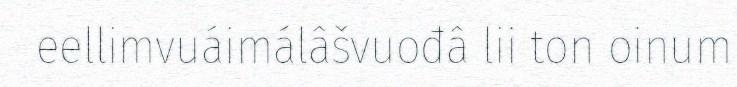
eellimvuáimálâšvuođâ lii ton oinum